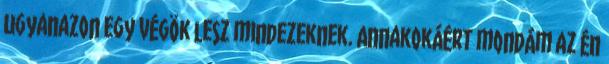
ugyanazon egy végök lesz mindezeknek. Annakokáért mondám az én